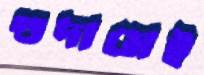
গুদামেই